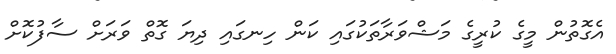
އެގޮތުން މީގެ ކުރީގެ މަޝްވަރާތަކުގައި ކަން ހިނގައި ދިޔަ ގޮތް ވަރަށް ސާފުކޮށް